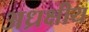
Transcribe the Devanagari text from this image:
अध्रक्षीय